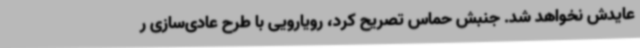
عایدش نخواهد شد. جنبش حماس تصریح کرد، رویارویی با طرح عادی‌سازی ر